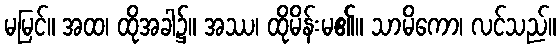
မမြင်။ အထ၊ ထိုအခါ၌။ အဿ၊ ထိုမိန်းမ၏။ သာမိကော၊ လင်သည်။